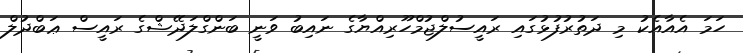
ހަމަ އެއާއެކު މި ދަތުރުފުޅުގައި ރައީސުލްޖުމްހޫރިއްޔާގެ ނައިބު ވަނީ ބަންގްލަދޭޝްގެ ރައީސް ޢަބްދުލް